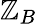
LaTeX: \mathbb{Z}_{B}